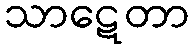
သာဋေတာ